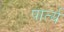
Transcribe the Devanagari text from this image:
पार्त्य